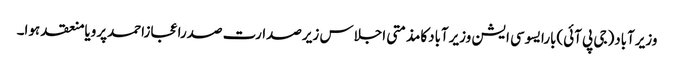
وزیرآباد(جی پی آئی)بارایسوسی ایشن وزیرآبادکامذمتی اجلاس زیرصدارت صدراعجازاحمدپرویامنعقد ہوا۔